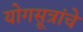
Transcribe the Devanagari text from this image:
योगसूत्रांचे